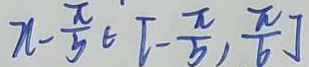
x - \frac { \pi } { 5 } \in [ - \frac { \pi } { 5 } , \frac { \pi } { 6 } ]